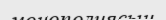
монополиясын